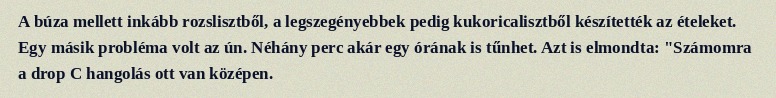
A búza mellett inkább rozslisztből, a legszegényebbek pedig kukoricalisztből készítették az ételeket. Egy másik probléma volt az ún. Néhány perc akár egy órának is tűnhet. Azt is elmondta: "Számomra a drop C hangolás ott van középen.